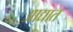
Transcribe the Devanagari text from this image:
आद्यात